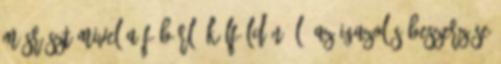
Másrészt mivel a főbérlő külföldön él, az igazolás beszerzése